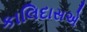
કાલિદાસએ